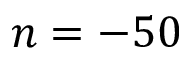
n = - 5 0